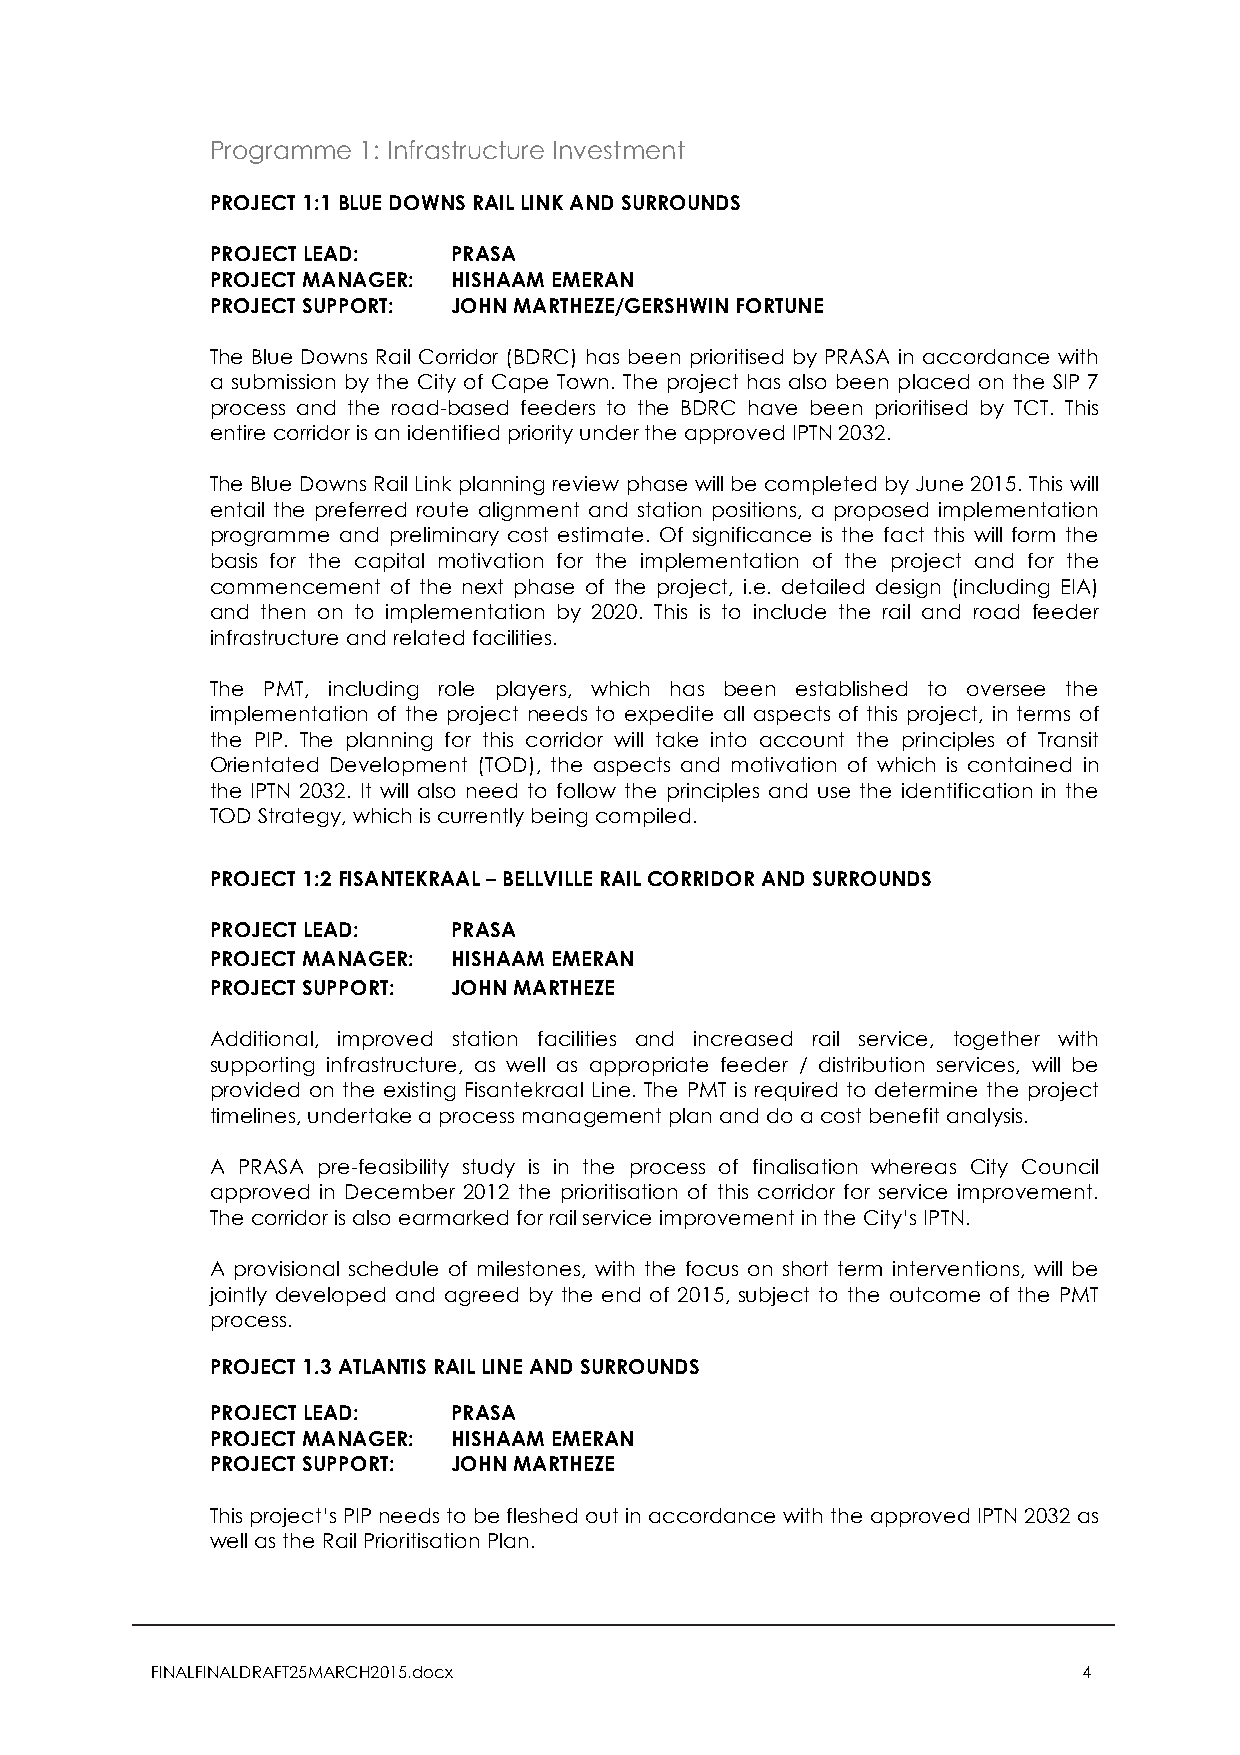
Programme 1: Infrastructure Investment
 PROJECT 1:1 BLUE DOWNS RAIL LINK AND SURROUNDS
 PROJECT LEAD:   PRASA
 PROJECT MANAGER: HISHAAM EMERAN
 PROJECT SUPPORT: JOHN MARTHEZE/GERSHWIN FORTUNE
 The Blue Downs Rail Corridor (BDRC) has been prioritised by PRASA in accordance with
 a submission by the City of Cape Town. The project has also been placed on the SIP 7
 process and the road-based feeders to the BDRC have been prioritised by TCT. This
 entire corridor is an identified priority under the approved IPTN 2032.
 The Blue Downs Rail Link planning review phase will be completed by June 2015. This will
 entail the preferred route alignment and station positions, a proposed implementation
 programme and preliminary cost estimate. Of significance is the fact this will form the
 basis for the capital motivation for the implementation of the project and for the
 commencement of the next phase of the project, i.e. detailed design (including EIA)
 and then on to implementation by 2020. This is to include the rail and road feeder
 infrastructure and related facilities.
 The PMT, including role players, which has been established to oversee the
 implementation of the project needs to expedite all aspects of this project, in terms of
 the PIP. The planning for this corridor will take into account the principles of Transit
 Orientated Development (TOD), the aspects and motivation of which is contained in
 the IPTN 2032. It will also need to follow the principles and use the identification in the
 TOD Strategy, which is currently being compiled.
 PROJECT 1:2 FISANTEKRAAL – BELLVILLE RAIL CORRIDOR AND SURROUNDS
 PROJECT LEAD:   PRASA
 PROJECT MANAGER: HISHAAM EMERAN
 PROJECT SUPPORT: JOHN MARTHEZE
 Additional, improved station facilities and increased rail service, together with
 supporting infrastructure, as well as appropriate feeder / distribution services, will be
 provided on the existing Fisantekraal Line. The PMT is required to determine the project
 timelines, undertake a process management plan and do a cost benefit analysis.
 A PRASA pre-feasibility study is in the process of finalisation whereas City Council
 approved in December 2012 the prioritisation of this corridor for service improvement.
 The corridor is also earmarked for rail service improvement in the City’s IPTN.
 A provisional schedule of milestones, with the focus on short term interventions, will be
 jointly developed and agreed by the end of 2015, subject to the outcome of the PMT
 process.
 PROJECT 1.3 ATLANTIS RAIL LINE AND SURROUNDS
 PROJECT LEAD:   PRASA
 PROJECT MANAGER: HISHAAM EMERAN
 PROJECT SUPPORT: JOHN MARTHEZE
 This project’s PIP needs to be fleshed out in accordance with the approved IPTN 2032 as
 well as the Rail Prioritisation Plan.
 FINALFINALDRAFT25MARCH2015.docx                               4